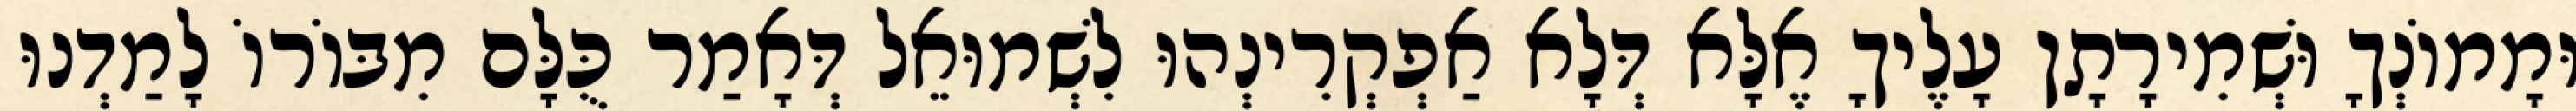
וּמָמוֹנְךָ וּשְׁמִירָתָן עָלֶיךָ אֶלָּא דְּלָא אַפְקְרִינְהוּ לִשְׁמוּאֵל דְּאָמַר כֻּלָּם מִבּוֹרוֹ לָמַדְנוּ